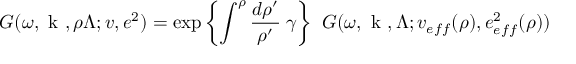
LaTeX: G ( \omega , \mathrm { \boldmath ~ k ~ } , \rho \Lambda ; v , e ^ { 2 } ) = \exp { \left\{ \int ^ { \rho } \frac { d \rho ^ { \prime } } { \rho ^ { \prime } } \; \gamma \right\} } \; \; G ( \omega , \mathrm { \boldmath ~ k ~ } , \Lambda ; v _ { e f f } ( \rho ) , e _ { e f f } ^ { 2 } ( \rho ) )